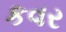
કવર